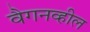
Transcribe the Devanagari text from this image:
वैगनव्हील